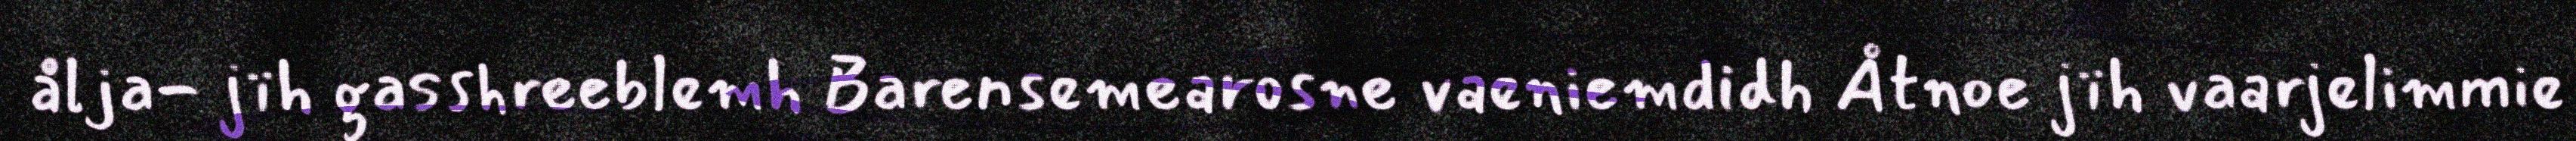
ålja- jïh gasshreeblemh Barensemearosne vaeniemdidh Åtnoe jïh vaarjelimmie